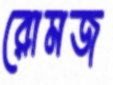
রোমজ